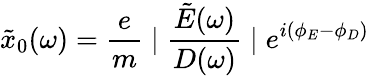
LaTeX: \tilde{x}_{0}(\omega)=\frac{e}{m}\mid\frac{\tilde{E}(\omega)}{D(\omega)}\mid e^{i(\phi_{E}-\phi_{D})}